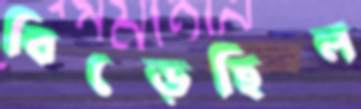
বিগ্‌ড়েছিল